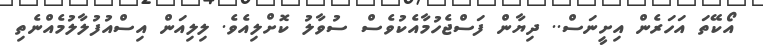
އޯކޭތަ އަހަރެން އިށީނަސް.. ދިޔާން ފަސްޖެހުމާއެކުވެސް ސުވާލު ކޮށްލިއެވެ. ލިލިއަން އިސްއުފުލާލުމެއްނެތި